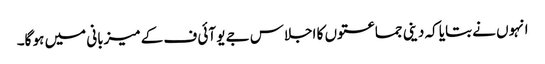
انہوں نے بتایا کہ دینی جماعتوں کا اجلاس جے یو آئی ف کے میزبانی میں ہو گا۔